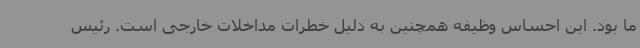
ما بود. این احساس وظیفه همچنین به دلیل خطرات مداخلات خارجی است. رئیس